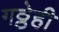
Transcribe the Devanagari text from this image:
गठ्ठेही